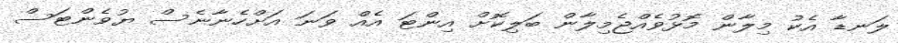
ލަނޑާ އެކު މިލާން މޮޅުވެއްޖެމިލާން ބަލިކޮށް އިންޓަ އެއް ވަނަ އަށްހެނާނެސް ޔުވެންޓަސް